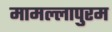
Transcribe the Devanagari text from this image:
मामल्लापुरम